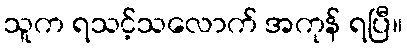
သူက ရသင့်သလောက် အကုန် ရပြီ။